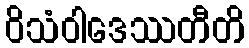
ဝိသံဝါဒေဿတီတိ